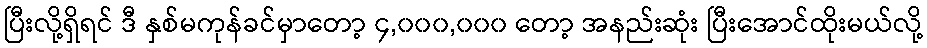
ပြီးလို့ရှိရင် ဒီ နှစ်မကုန်ခင်မှာတော့ ၄,၀၀၀,၀၀၀ တော့ အနည်းဆုံး ပြီးအောင်ထိုးမယ်လို့